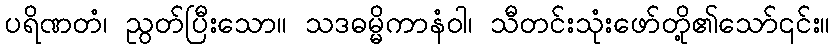
ပရိဏတံ၊ ညွတ်ပြီးသော။ သဒဓမ္မိကာနံဝါ၊ သီတင်းသုံးဖော်တို့၏သော်၎င်း။